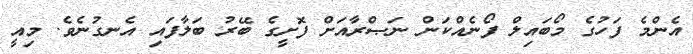
އެންމެ ފަހުގެ މޯބައިލް ފޯނެއްކަން ނަޞްރާއަށް ފޮށީގެ ބޭރު ބަލާފައި އެނގުނެވެ. މިއީ